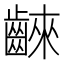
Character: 𪘨